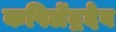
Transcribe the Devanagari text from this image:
कपिलेंद्रदेव